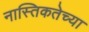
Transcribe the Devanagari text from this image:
नास्तिकतेच्या